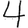
Digit: 4